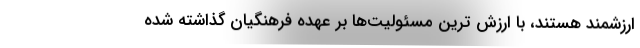
ارزشمند هستند، با ارزش ترین مسئولیت‌ها بر عهده فرهنگیان گذاشته شده